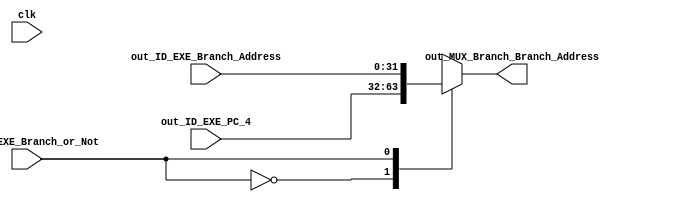
module MUX_Branch(
input out_ID_EXE_Branch_or_Not,
input [31:0]out_ID_EXE_Branch_Address,
input [31:0]out_ID_EXE_PC_4,
input clk,
output reg [31:0]out_MUX_Branch_Branch_Address
);


always@(*)begin
case(out_ID_EXE_Branch_or_Not)
0:out_MUX_Branch_Branch_Address = out_ID_EXE_PC_4;
1:out_MUX_Branch_Branch_Address = out_ID_EXE_Branch_Address;

endcase
end
endmodule